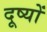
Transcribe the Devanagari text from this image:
दूष्यों